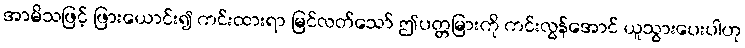
အာမိသဖြင့် ဖြားယောင်း၍ ကင်းထားရာ မြင်လတ်သော် ဤပတ္တမြားကို ကင်းလွန်အောင် ယူသွားပေးပါဟု